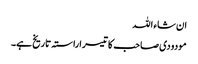
ان شاء اللہ
مودودی صاحب کا تیسرا راستہ تاریخ ہے۔